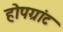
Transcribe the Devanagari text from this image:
होपग्रांट